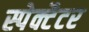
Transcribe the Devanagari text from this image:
स्पेक्टैटर